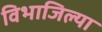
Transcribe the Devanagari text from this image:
विभाजिल्या